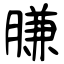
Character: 膁